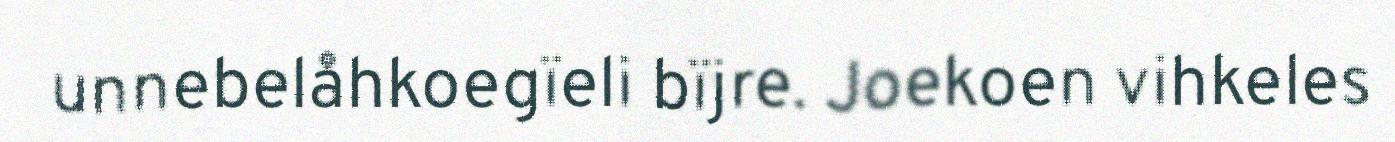
unnebelåhkoegïeli bïjre. Joekoen vihkeles